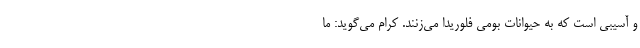
و آسیبی است که به حیوانات بومی فلوریدا می‌زنند. کرام می‌گوید: ما